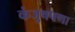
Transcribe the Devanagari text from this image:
कंजुषपणा